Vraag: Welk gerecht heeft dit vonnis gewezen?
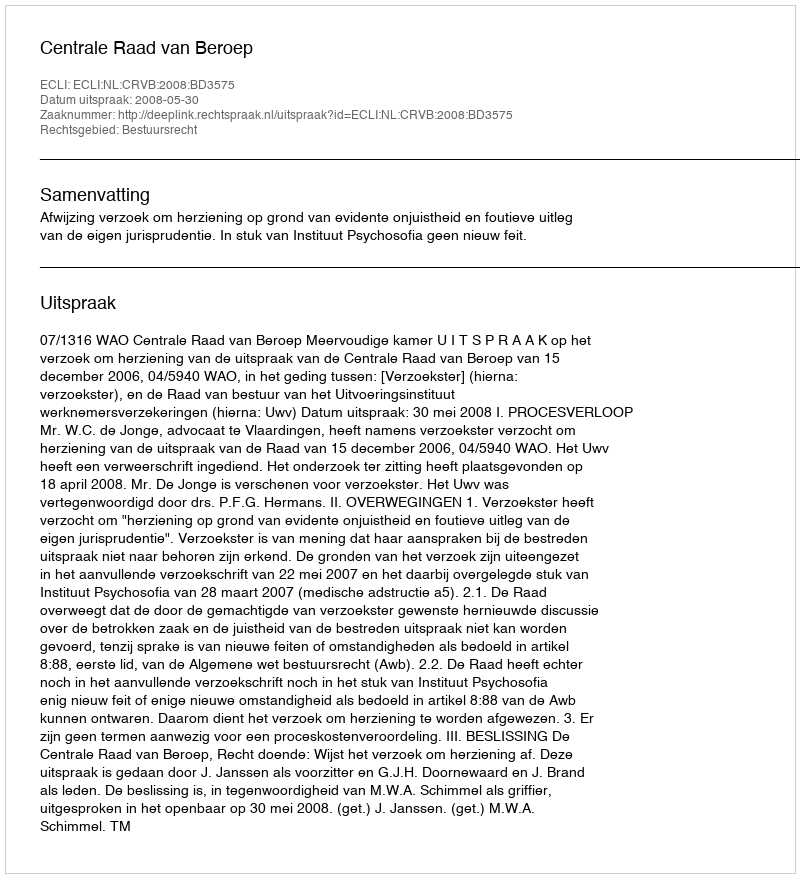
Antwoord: Centrale Raad van Beroep